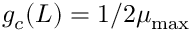
g _ { c } ( L ) = 1 / 2 \mu _ { \mathrm { m a x } }